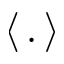
\langle \, . \, \rangle